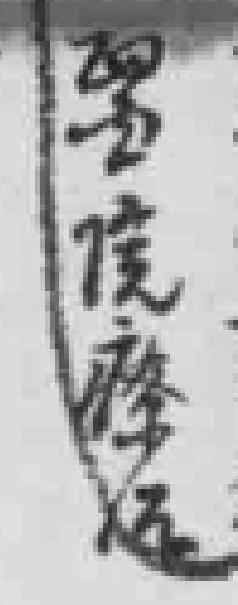
*院療治